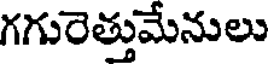
గగురెత్తుమేనులు